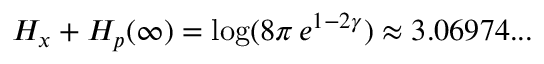
H _ { x } + H _ { p } ( \infty ) = \log ( 8 \pi \, e ^ { 1 - 2 \gamma } ) \approx 3 . 0 6 9 7 4 . . .